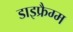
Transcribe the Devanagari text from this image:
डाइफ्रैग्म